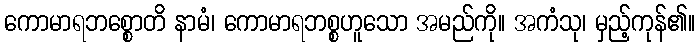
ကောမာရဘစ္စောတိ နာမံ၊ ကောမာရဘစ္စဟူသော အမည်ကို။ အကံသု၊ မှည့်ကုန်၏။